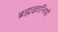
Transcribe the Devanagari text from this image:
ब्रह्मज्ञानियों